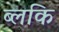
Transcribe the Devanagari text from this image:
ब्लकि